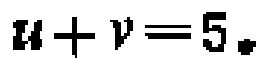
\(u + v = 5\)